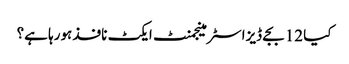
کیا 12 بجے ڈیزاسٹر مینجمنٹ ایکٹ نافذ ہورہا ہے؟